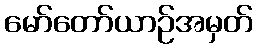
မော်တော်ယာဉ်အမှတ်